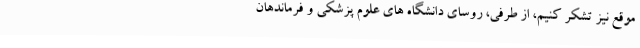
موقع نیز تشکر کنیم، از طرفی، روسای دانشگاه های علوم پزشکی و فرماندهان